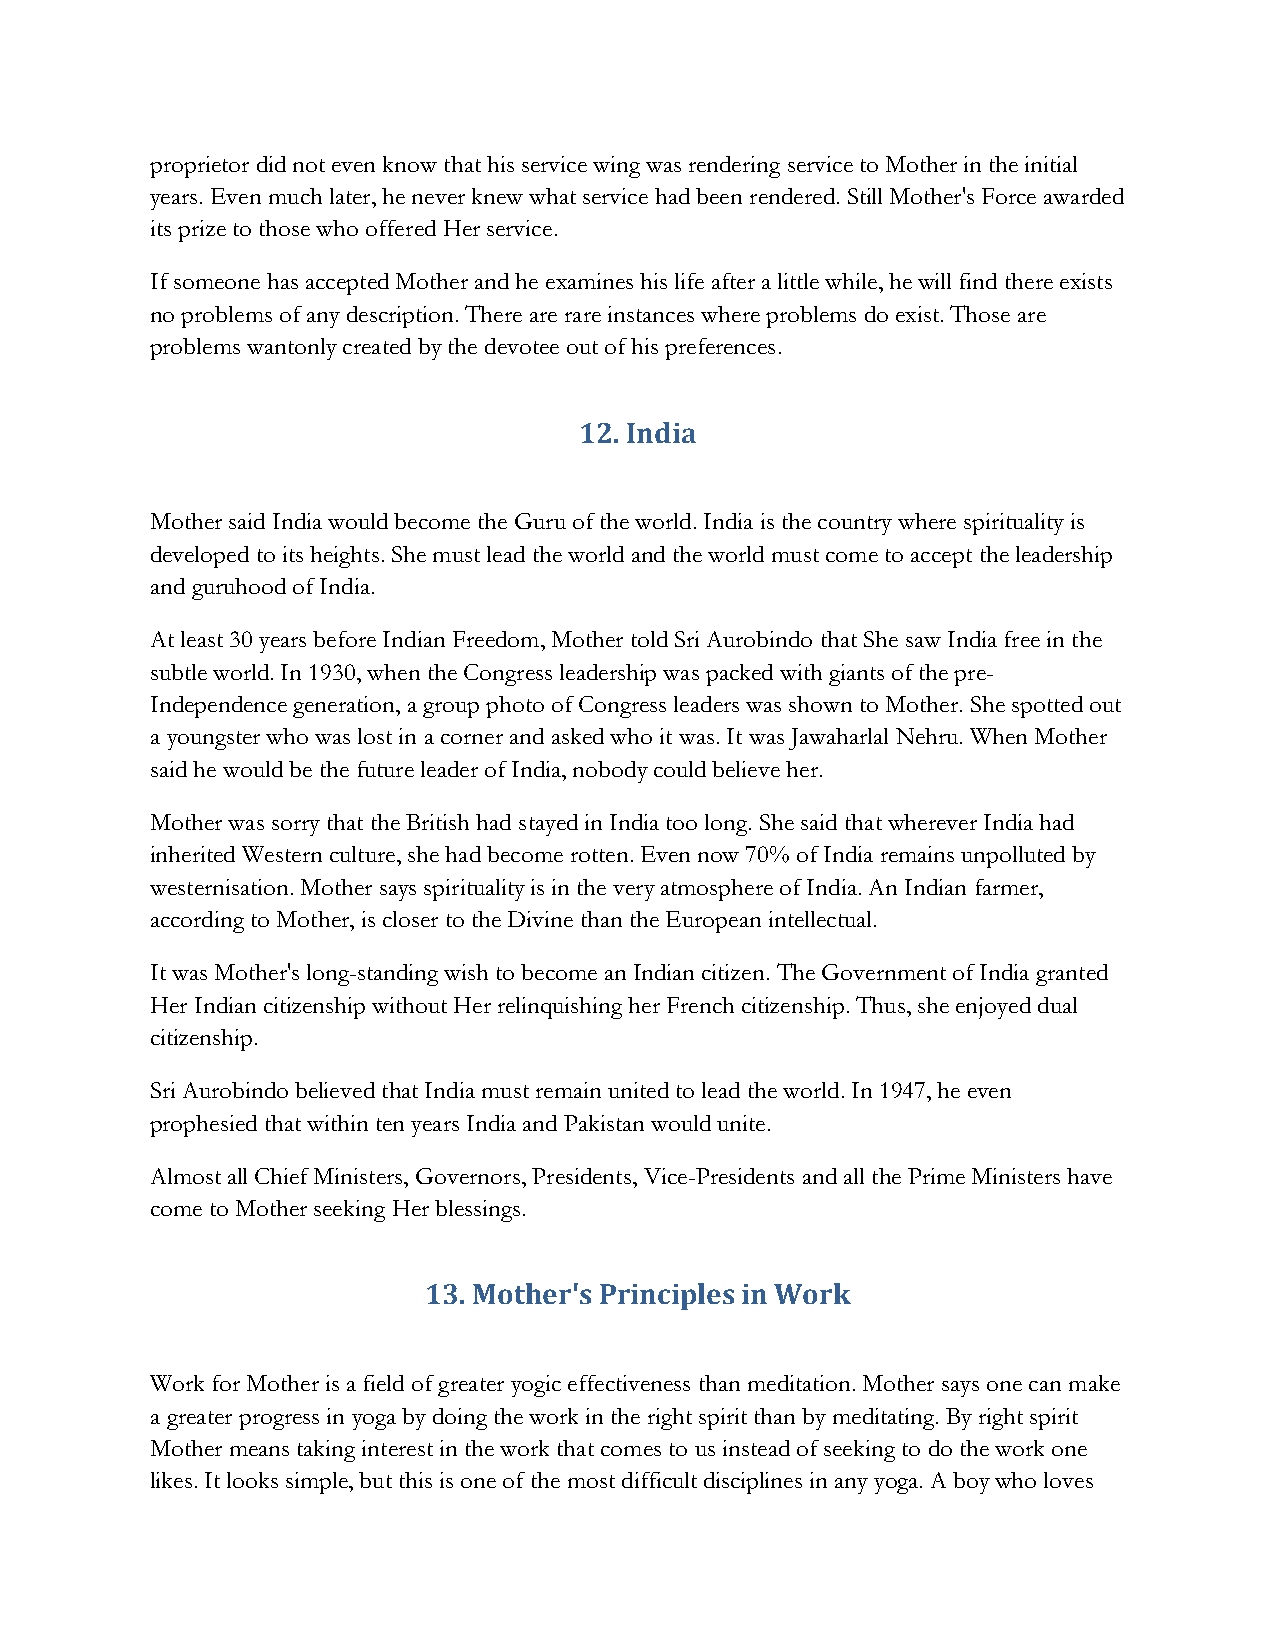
proprietor did not even know that his service wing was rendering service to Mother in the initial
 years. Even much later, he never knew what service had been rendered. Still Mother's Force awarded
 its prize to those who offered Her service.
 If someone has accepted Mother and he examines his life after a little while, he will find there exists
 no problems of any description. There are rare instances where problems do exist. Those are
 problems wantonly created by the devotee out of his preferences.
 12. India
 Mother said India would become the Guru of the world. India is the country where spirituality is
 developed to its heights. She must lead the world and the world must come to accept the leadership
 and guruhood of India.
 At least 30 years before Indian Freedom, Mother told Sri Aurobindo that She saw India free in the
 subtle world. In 1930, when the Congress leadership was packed with giants of the pre-
 Independence generation, a group photo of Congress leaders was shown to Mother. She spotted out
 a youngster who was lost in a corner and asked who it was. It was Jawaharlal Nehru. When Mother
 said he would be the future leader of India, nobody could believe her.
 Mother was sorry that the British had stayed in India too long. She said that wherever India had
 inherited Western culture, she had become rotten. Even now 70% of India remains unpolluted by
 westernisation. Mother says spirituality is in the very atmosphere of India. An Indian farmer,
 according to Mother, is closer to the Divine than the European intellectual.
 It was Mother's long-standing wish to become an Indian citizen. The Government of India granted
 Her Indian citizenship without Her relinquishing her French citizenship. Thus, she enjoyed dual
 citizenship.
 Sri Aurobindo believed that India must remain united to lead the world. In 1947, he even
 prophesied that within ten years India and Pakistan would unite.
 Almost all Chief Ministers, Governors, Presidents, Vice-Presidents and all the Prime Ministers have
 come to Mother seeking Her blessings.
 13. Mother's Principles in Work
 Work for Mother is a field of greater yogic effectiveness than meditation. Mother says one can make
 a greater progress in yoga by doing the work in the right spirit than by meditating. By right spirit
 Mother means taking interest in the work that comes to us instead of seeking to do the work one
 likes. It looks simple, but this is one of the most difficult disciplines in any yoga. A boy who loves